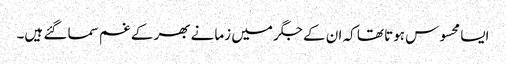
ایسا محسوس ہوتا تھا کہ ان کے جگر میں زمانے بھر کے غم سما گئے ہیں۔